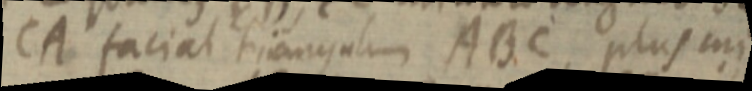
CA faciat triangulum ABC plus uni